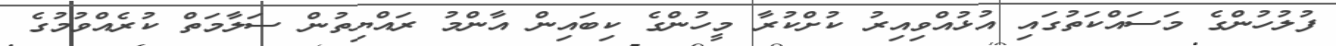
ފުލުހުންގެ މަސައްކަތުގައި އުޅުއްވިއިރު ކުށްކުރާ މީހުންގެ ކިބައިން އާންމު ރައްޔިތުން ސަލާމަތް ކުރެއްވުމުގެ